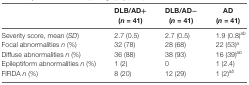
<table><thead><tr><td>[EMPTY_CELL]</td><td><b>DLB/AD+</b></td><td><b>DLB/AD−</b></td><td><b>AD</b></td></tr><tr><td>[EMPTY_CELL]</td><td><b>(<i>n</i> = 41)</b></td><td><b>(<i>n</i> = 41)</b></td><td><b>(<i>n</i> = 41)</b></td></tr></thead><tbody><tr><td>Severity score, mean (<i>SD</i>)</td><td>2.7 (0.5)</td><td>2.7 (0.5)</td><td>1.9 (0.8)<sup>ab</sup></td></tr><tr><td>Focal abnormalities <i>n</i> (%)</td><td>32 (78)</td><td>28 (68)</td><td>22 (53)<sup>a</sup></td></tr><tr><td>Diffuse abnormalities <i>n</i> (%)</td><td>36 (88)</td><td>38 (93)</td><td>16 (39)<sup>ab</sup></td></tr><tr><td>Epileptiform abnormalities <i>n</i> (%)</td><td>1 (2)</td><td>0</td><td>1 (2.4)</td></tr><tr><td>FIRDA <i>n</i> (%)</td><td>8 (20)</td><td>12 (29)</td><td>1 (2)<sup>ab</sup></td></tr></tbody></table>